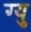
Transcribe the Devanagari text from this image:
ग्यु